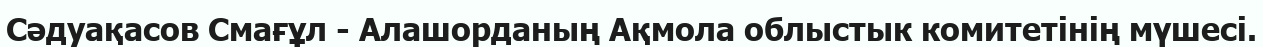
Сәдуақасов Смағұл - Алашорданың Ақмола облыстык комитетінің мүшесі.